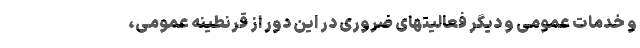
و خدمات عمومی و دیگر فعالیتهای ضروری در این دور از قرنطینه عمومی،